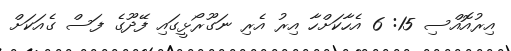
އިރުއޮއްސި 15: 6 އެހާކަށްހާ އިރު އެރި ނަގޫރޯޅީގައި ފޭދޫގެ ފަސް ގެއަކަށް